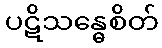
ပဋိသန္ဓေစိတ်